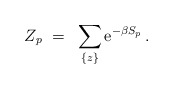
\begin{align*}Z_p ~=~ \sum_{\{z\}} {\rm e}^{-\beta S_p} \, .\end{align*}